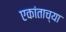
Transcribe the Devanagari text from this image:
एकांताच्या